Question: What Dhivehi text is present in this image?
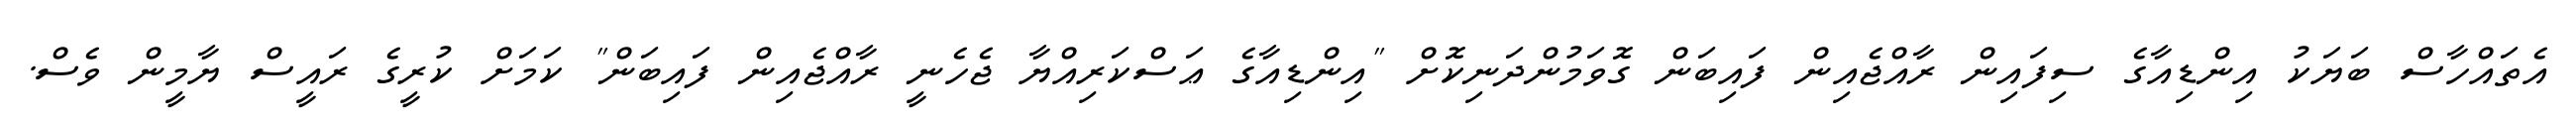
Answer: އެތައްހާސް ބަޔަކު އިންޑިއާގެ ސިފައިން ރާއްޖެއިން ފައިބަން ގޮވަމުންދަނިކޮށް "އިންޑިއާގެ ޢަސްކަރިއްޔާ ޖެހެނީ ރާއްޖެއިން ފައިބަން" ކަމަށް ކުރީގެ ރައީސް ޔާމީން ވެސް.